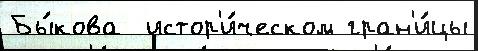
Бы́кова  истор'и́ческом гран'и́цы